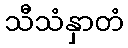
သီသံနှာတံ